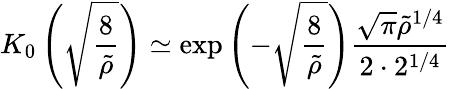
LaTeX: K_{0}\left(\sqrt{\frac{8}{\tilde{\rho}}}\right)\simeq\exp\left(-\sqrt{\frac{8}{\tilde{\rho}}}\right)\frac{\sqrt{\pi}\tilde{\rho}^{1/4}}{2\cdot 2^{1/4}}